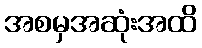
အစမှအဆုံးအထိ